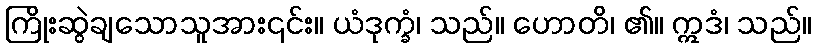
ကြိုးဆွဲချသောသူအား၎င်း။ ယံဒုက္ခံ၊ သည်။ ဟောတိ၊ ၏။ ဣဒံ၊ သည်။